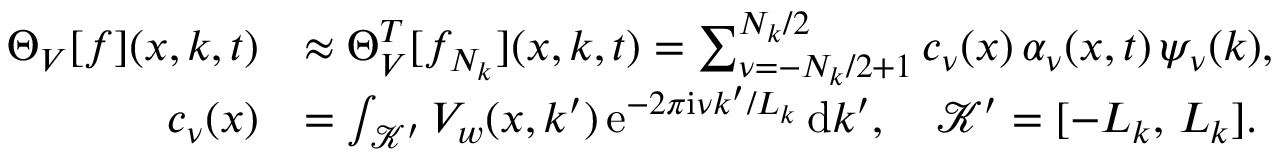
\begin{array} { r l } { \Theta _ { V } [ f ] ( x , k , t ) } & { \approx \Theta _ { V } ^ { T } [ f _ { N _ { k } } ] ( x , k , t ) = \sum _ { \nu = - N _ { k } / 2 + 1 } ^ { N _ { k } / 2 } c _ { \nu } ( x ) \, \alpha _ { \nu } ( x , t ) \, \psi _ { \nu } ( k ) , } \\ { c _ { \nu } ( x ) } & { = \int _ { \mathcal { K ^ { \prime } } } V _ { w } ( x , k ^ { \prime } ) \, \mathrm { e } ^ { - 2 \pi \mathrm { i } \nu k ^ { \prime } / L _ { k } } \, \mathrm { d } k ^ { \prime } , \quad \mathcal { K ^ { \prime } } = [ - L _ { k } , \, L _ { k } ] . } \end{array}